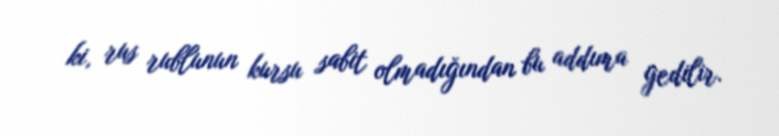
ki, rus rublunun kursu sabit olmadığından bu addıma gedilir.